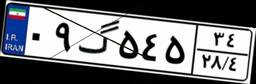
۵۶گ۵۸۲۵۳